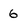
Character: 6